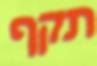
תקף